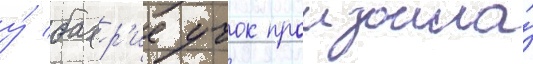
у́ бахр'ие учок произошла́